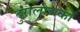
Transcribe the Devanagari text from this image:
दुरालोचकों